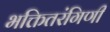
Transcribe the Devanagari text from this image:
भक्तितरंगिणी